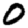
Digit: 0